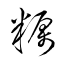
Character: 糲